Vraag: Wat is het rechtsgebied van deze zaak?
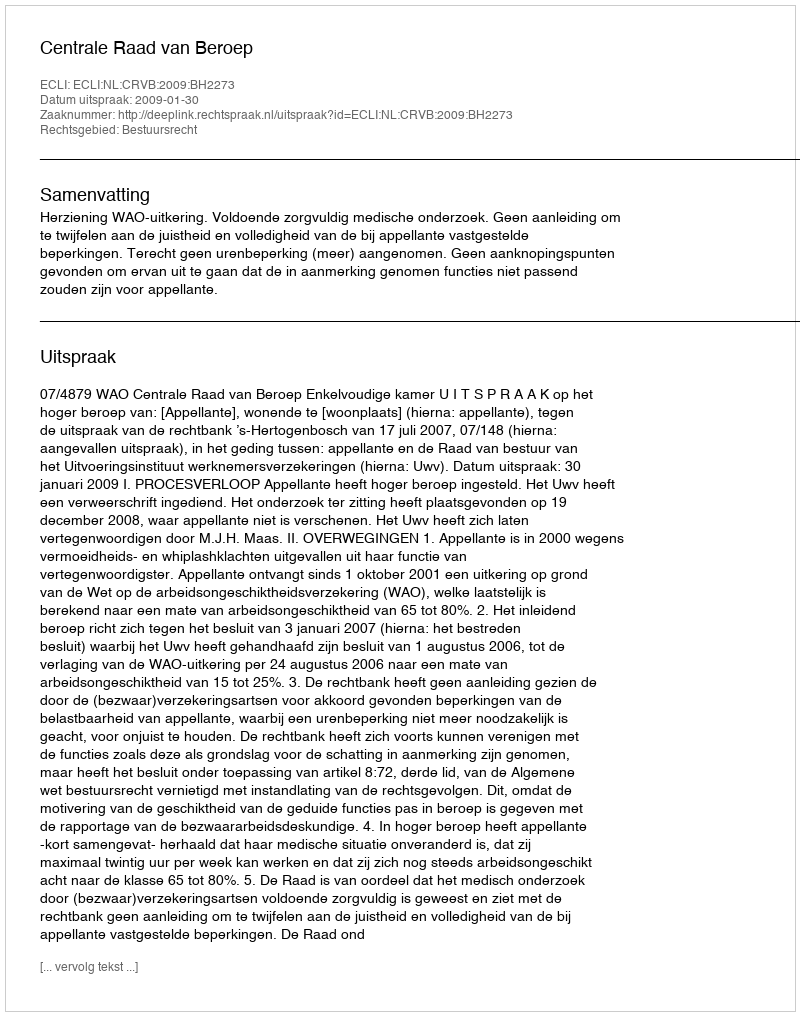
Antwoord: Bestuursrecht